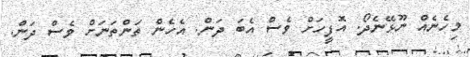
މިހެނެއް ނޫޅޭނެދޯ. އޮފީހަށް ވެސް އެބަ ދަން. އެހެން ތަންތަނަށް ވެސް ދަން.